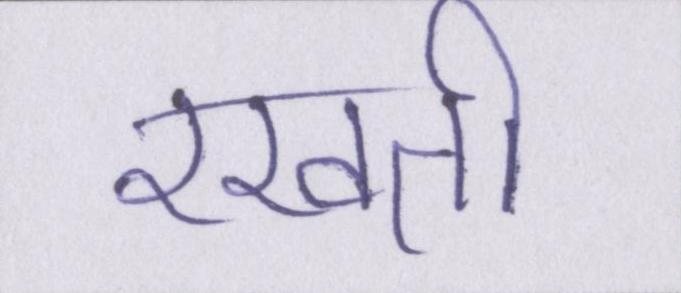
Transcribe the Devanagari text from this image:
रखती